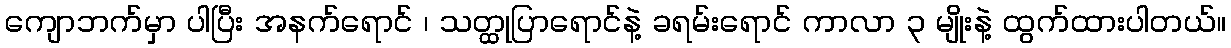
ကျောဘက်မှာ ပါပြီး အနက်ရောင် ၊ သတ္ထုပြာရောင်နဲ့ ခရမ်းရောင် ကာလာ ၃ မျိုးနဲ့ ထွက်ထားပါတယ်။